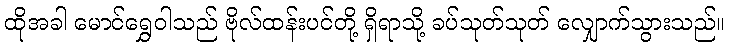
ထိုအခါ မောင်ရွှေဝါသည် ဗိုလ်ထန်းပင်တို့ ရှိရာသို့ ခပ်သုတ်သုတ် လျှောက်သွားသည်။